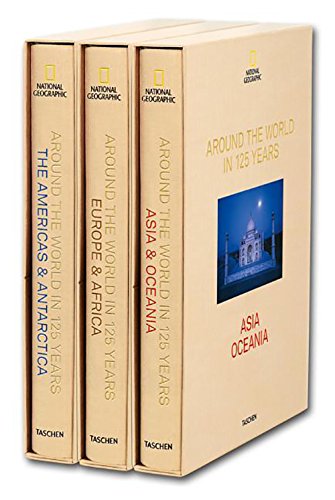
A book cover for National Geographic: Around the World in 125 Years; Arts & Photography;